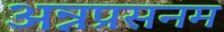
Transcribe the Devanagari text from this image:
अन्नप्रसनम